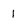
Character: 1